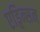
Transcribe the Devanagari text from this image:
एड्विन्सन